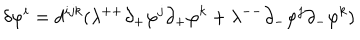
\delta \varphi ^ { i } = d ^ { i j k } ( \lambda ^ { + + } \partial _ { + } \varphi ^ { j } \partial _ { + } \varphi ^ { k } + \lambda ^ { -- } \partial _ { - } \varphi ^ { j } \partial _ { - } \varphi ^ { k } )